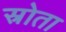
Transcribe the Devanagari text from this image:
स्रोता